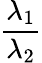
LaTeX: \frac{\lambda_{1}}{\lambda_{2}}